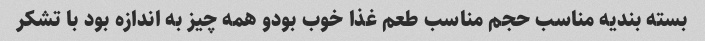
بسته بندیه مناسب حجم مناسب طعم غذا خوب بودو همه چیز به اندازه بود با تشکر